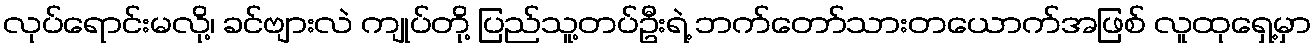
လုပ်ရောင်းမလို့၊ ခင်ဗျားလဲ ကျုပ်တို့ ပြည်သူ့တပ်ဦးရဲ့ ဘက်တော်သားတယောက်အဖြစ် လူထုရှေ့မှာ